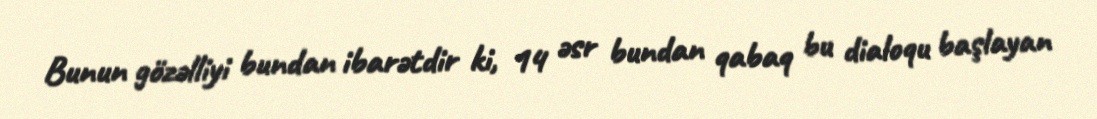
Bunun gözəlliyi bundan ibarətdir ki, 14 əsr bundan qabaq bu dialoqu başlayan